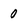
Character: 0